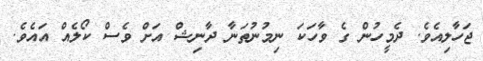
ޖަހާލިއެވެ. ދެމީހުން ގެ ވާހަކަ ނިމުނުތަނާ ދާނިޝް އަށް ވެސް ކޯލެއް އައެވެ.